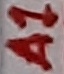
Text: A1